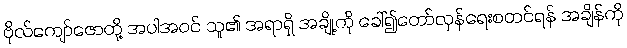
ဗိုလ်ကျော်ဇောတို့ အပါအဝင် သူ၏ အရာရှိ အချို့ကို ခေါ်၍တော်လှန်ရေးစတင်ရန် အချိန်ကို